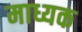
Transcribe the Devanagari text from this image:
माध्यक